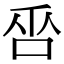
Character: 𠱦